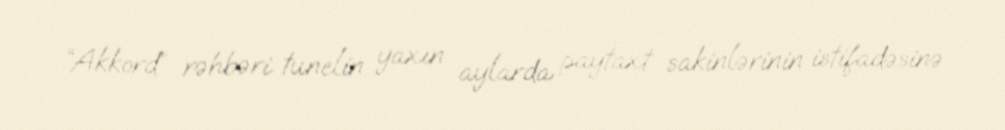
“Akkord” rəhbəri tunelin yaxın aylarda paytaxt sakinlərinin istifadəsinə